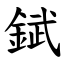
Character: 錻